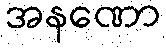
အနဏော